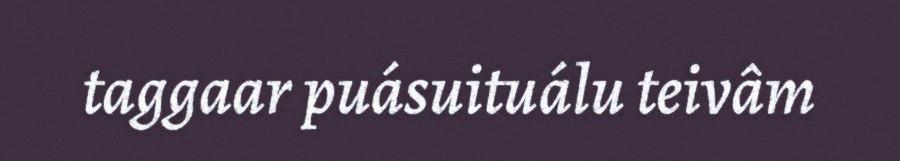
taggaar puásuituálu teivâm